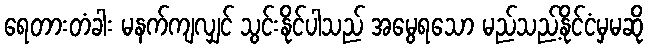
ရေတားတံခါး မနက်ကျလျှင် သွင်းနိုင်ပါသည် အမွေရသော မည်သည့်နိုင်ငံမှမဆို